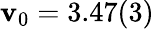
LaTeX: \mathbf{v}_{0}=3.47(3)